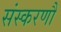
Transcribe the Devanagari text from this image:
संस्करणौं